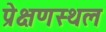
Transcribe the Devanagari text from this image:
प्रेक्षणस्थल